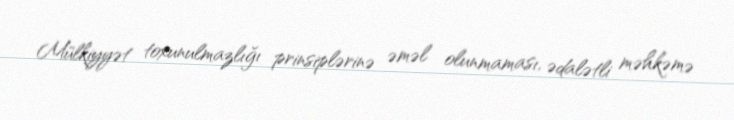
Mülkiyyət toxunulmazlığı prinsiplərinə əməl olunmaması, ədalətli məhkəmə